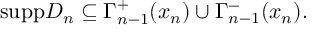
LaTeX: \mathrm { s u p p } D _ { n } \subseteq \Gamma _ { n - 1 } ^ { + } ( x _ { n } ) \cup \Gamma _ { n - 1 } ^ { - } ( x _ { n } ) .